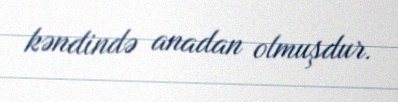
kəndində anadan olmuşdur.